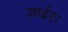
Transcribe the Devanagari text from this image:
जाईए।